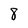
Character: 8